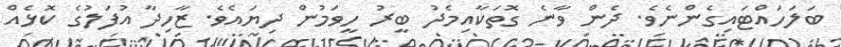
ބަލަހައްޓައިގެންނެވެ. ދެން ވާނެ ގޮތަކާއިމެދު ބީރު ހީވަމުން ދިޔައެވެ. ޒާހިދާ އުފަލުގެ ކޮޅެއް